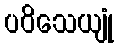
ပဝိသေယျုံ